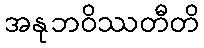
အနုဘဝိဿတီတိ